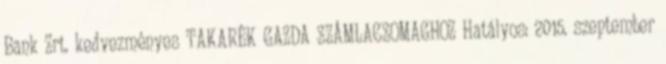
Bank Zrt. kedvezményes TAKARÉK GAZDA SZÁMLACSOMAGHOZ Hatályos: 2015. szeptember